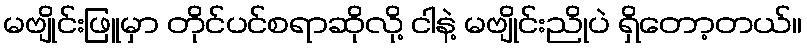
မဗျိုင်းဖြူမှာ တိုင်ပင်စရာဆိုလို့ ငါနဲ့ မဗျိုင်းညိုပဲ ရှိတော့တယ်။